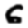
Digit: 6